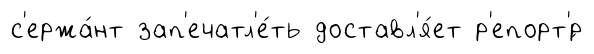
с'ержа́нт зап'ечатл'е́ть доставл'я́ет р'епорт'́р